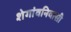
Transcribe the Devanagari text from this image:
शेगांवनिवासी